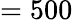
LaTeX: =500